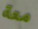
معة